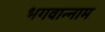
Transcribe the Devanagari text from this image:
भगवान्नाम